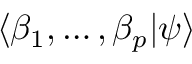
\langle \beta _ { 1 } , \dots , \beta _ { p } | \psi \rangle